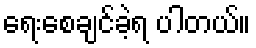
ရေးစေချင်ခဲ့ရ ပါတယ်။